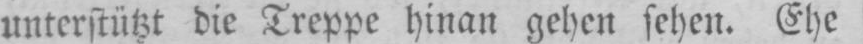
unterstützt die Treppe hinan gehen sehen. Ehe